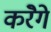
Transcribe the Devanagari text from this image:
करेॆगे